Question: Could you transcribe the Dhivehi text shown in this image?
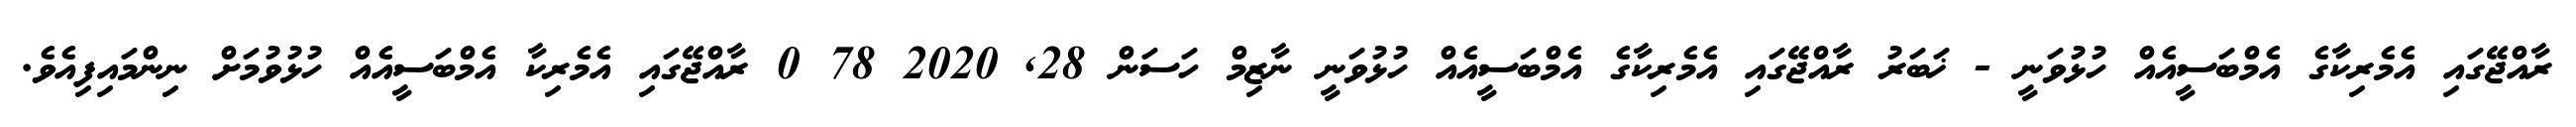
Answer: ރާއްޖޭގައި އެމެރިކާގެ އެމްބަސީއެއް ހުޅުވަނީ - ޚަބަރު ރާއްޖޭގައި އެމެރިކާގެ އެމްބަސީއެއް ހުޅުވަނީ ނާޒިމް ހަސަން 28, 2020 78 0 ރާއްޖޭގައި އެމެރިކާ އެމްބަސީއެއް ހުޅުވުމަށް ނިންމައިފިއެވެ.